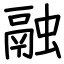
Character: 融